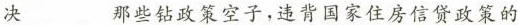
决……那些钻政策空子，违背国家住房信贷政策的